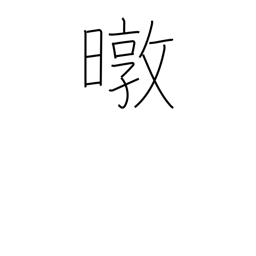
Meaning: sun's rays